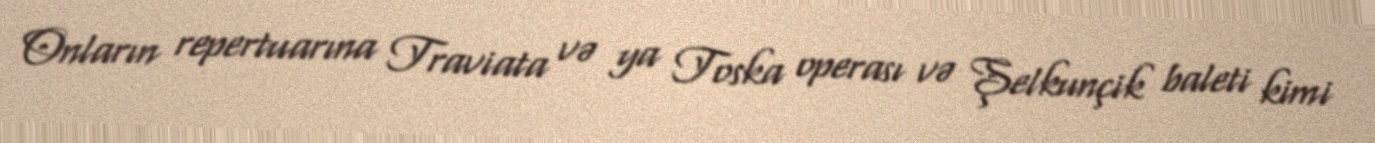
Onların repertuarına Traviata və ya Toska operası və Şelkunçik baleti kimi